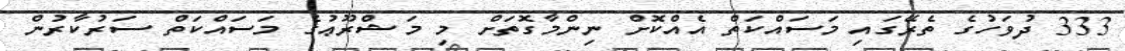
333 ދުވަހުގެ ތެރޭގައި މަސައްކަތް އެއްކޮށް ނިންމާގޮތަށް މި މަޝްރޫޢުގެ މަސައްކަތް ސަރުކާރުން